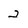
Character: 2